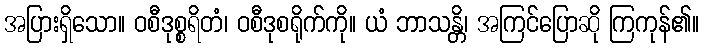
အပြားရှိသော။ ဝစီဒုစ္စရိတံ၊ ဝစီဒုစရိုက်ကို။ ယံ ဘာသန္တိ၊ အကြင်ပြောဆို ကြကုန်၏။